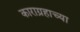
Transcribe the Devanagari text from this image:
काराग्रहाच्या